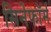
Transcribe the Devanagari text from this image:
सिनेफॉर्म